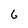
Character: 6